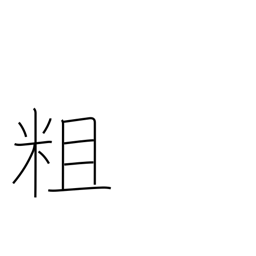
Meaning: rugged